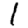
Digit: 1